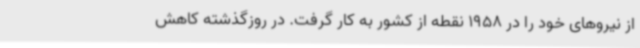
از نیروهای خود را در 1958 نقطه از کشور به کار گرفت. در روزگذشته کاهش